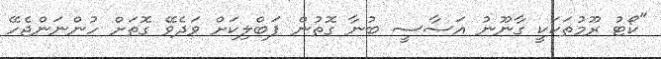
"ކޯޓު ރޫމުތަކަކީ ގާނޫނު އަސާސީ ބުނާ ގޮތުން ޕަބްލިކަށް ވަދެވޭ ގޮތަށް ހުންނަންޖެހޭ